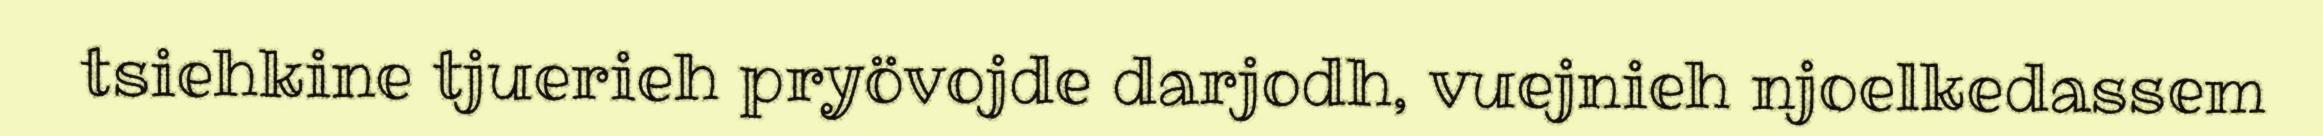
tsiehkine tjuerieh pryövojde darjodh, vuejnieh njoelkedassem